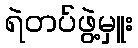
ရဲတပ်ဖွဲ့မှူး